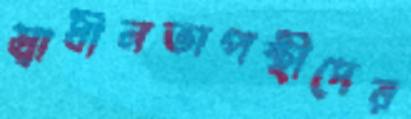
স্বাধীনতাপন্থীদের